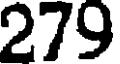
279